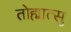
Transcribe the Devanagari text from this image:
तोह्मात्सु